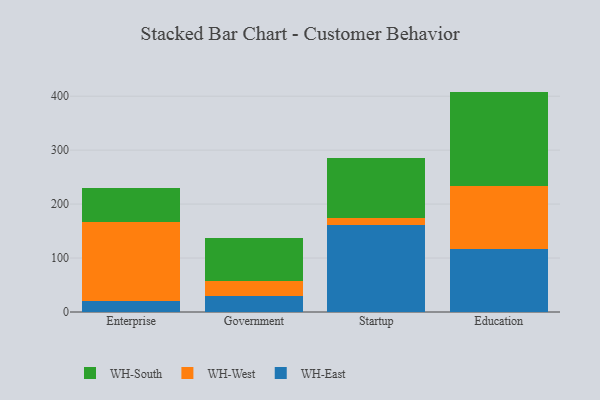
{"axis": {"x": "Segment", "y": "Satisfaction Score"}, "legend": ["WH-East", "WH-South", "WH-West"], "data": [{"x": "Enterprise", "y": 20.3, "type": "WH-East"}, {"x": "Enterprise", "y": 146.5, "type": "WH-West"}, {"x": "Enterprise", "y": 62.5, "type": "WH-South"}, {"x": "Government", "y": 29.0, "type": "WH-East"}, {"x": "Government", "y": 28.4, "type": "WH-West"}, {"x": "Government", "y": 80.4, "type": "WH-South"}, {"x": "Startup", "y": 161.9, "type": "WH-East"}, {"x": "Startup", "y": 12.7, "type": "WH-West"}, {"x": "Startup", "y": 110.7, "type": "WH-South"}, {"x": "Education", "y": 117.4, "type": "WH-East"}, {"x": "Education", "y": 116.7, "type": "WH-West"}, {"x": "Education", "y": 174.4, "type": "WH-South"}]}